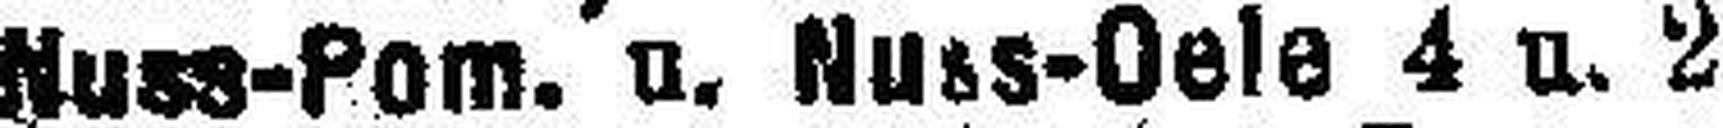
Nuss-Pom. u. Nuss-Oele 4 u. 2